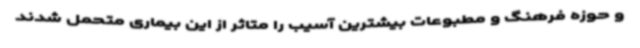
و حوزه فرهنگ و مطبوعات بیشترین آسیب را متاثر از این بیماری متحمل شدند